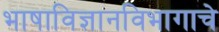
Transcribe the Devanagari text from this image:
भाषाविज्ञानविभागाचे